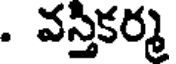
. వస్తికర్మ